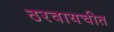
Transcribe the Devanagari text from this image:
ठरवायचीत